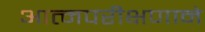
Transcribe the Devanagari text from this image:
आत्मपरीक्षणाने